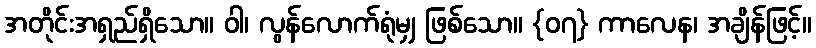
အတိုင်းအရှည်ရှိသော။ ဝါ၊ လွန်လောက်ရုံမျှ ဖြစ်သော။ {၀၇} ကာလေန၊ အချိန်ဖြင့်။